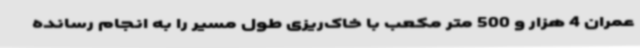
عمران 4 هزار و 500 متر مکعب با خاک‌ریزی طول مسیر را به انجام رسانده